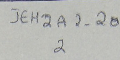
JEH2A2-202